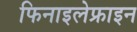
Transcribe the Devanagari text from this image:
फिनाइलेफ्राइन